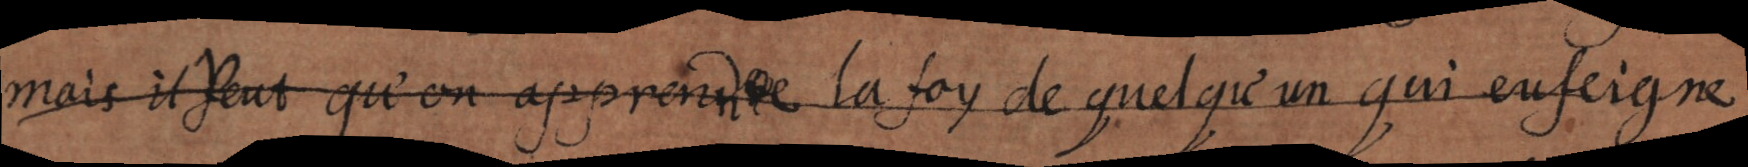
mais il veut qu’on apprenne la foy de quelqu’un qui l’enseigne,